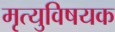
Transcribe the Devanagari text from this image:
मृत्युविषयक